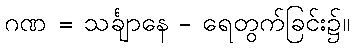
ဂဏ = သင်္ချာနေ - ရေတွက်ခြင်း၌။